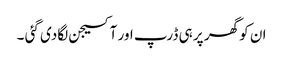
ان کو گھر پر ہی ڈرپ اور آکسیجن لگادی گئی ۔